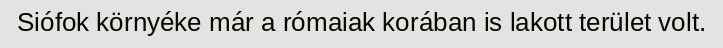
Siófok környéke már a rómaiak korában is lakott terület volt.